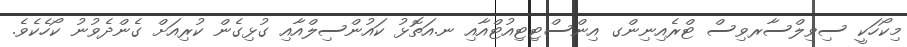
މިކޯހަކީ ސިވިލްސާރވިސް ޓްރެއިނިންގ އިންސްޓިޓިއުޓްއާއި ނ.އަތޮޅު ކައުންސިލްއާއި ގުޅިގެން ކުރިއަށް ގެންދެވުނު ކޯހެކެވެ.